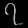
Digit: ၇